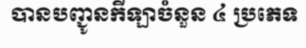
បានបញ្ជូនកីឡាចំនួន ៤ ប្រភេទ